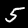
Label: 5